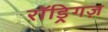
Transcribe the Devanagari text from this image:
रॉड्रिगज़